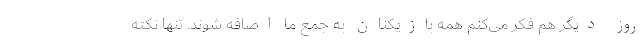
روز دیگر هم فکر می‌کنم همه بازیکنان به جمع ما اضافه شوند. تنها نکته